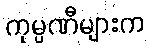
ကုမ္ပဏီများက